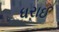
ધરાઈ